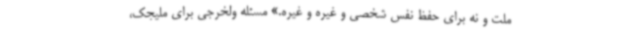
ملت و نه برای حفظ نفس شخصی و غیره و غیره.» مسئله ولخرجی برای ملیجک،